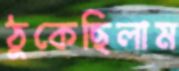
ঠুকেছিলাম